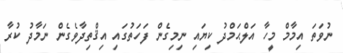
ނުވަތަ އިމާމް މީހާ އަލްޙަމްދު ކިޔައި ނިމިގެން ފަހަތުގައި އިޤްތިދާވެގެން ނަމާދު ކުރާ